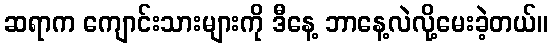
ဆရာက ကျောင်းသားများကို ဒီနေ့ ဘာနေ့လဲလို့မေးခဲ့တယ်။